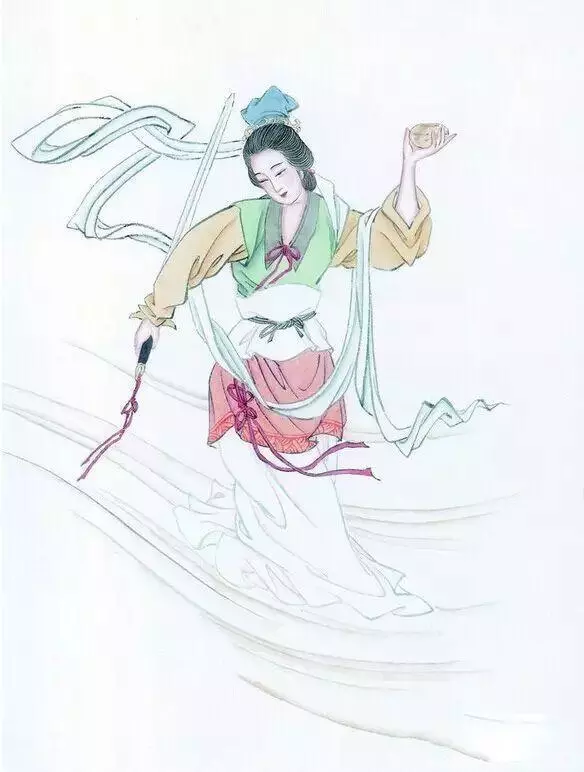
昔有佳人公孙氏，一舞剑器动四方。